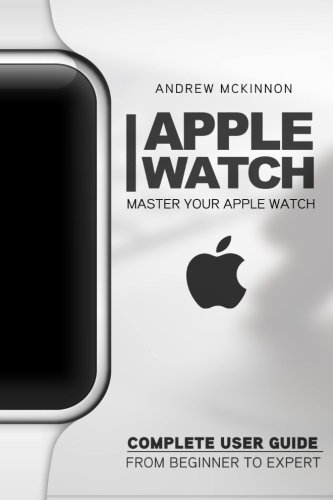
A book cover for Apple Watch: Master Your Apple Watch - Complete User Guide From Beginners to Expert; Andrew Mckinnon; Crafts, Hobbies & Home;